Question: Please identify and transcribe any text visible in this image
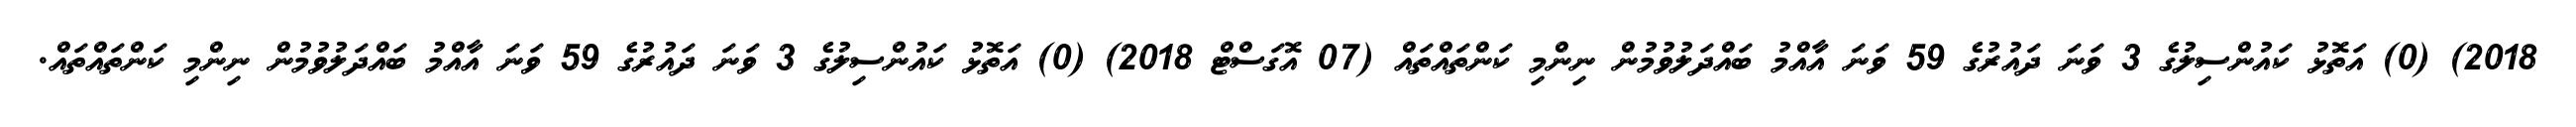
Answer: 2018) (0) އަތޮޅު ކައުންސިލުގެ 3 ވަނަ ދައުރުގެ 59 ވަނަ އާއްމު ބައްދަލުވުމުން ނިންމި ކަންތައްތައް (07 އޮގަސްޓް 2018) (0) އަތޮޅު ކައުންސިލުގެ 3 ވަނަ ދައުރުގެ 59 ވަނަ އާއްމު ބައްދަލުވުމުން ނިންމި ކަންތައްތައް.